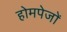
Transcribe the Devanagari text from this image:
होमपेजों